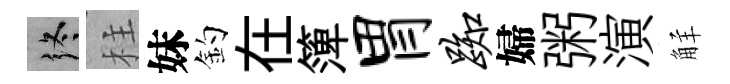
终柱妹釣在𥱼胃踟婦粥演觧